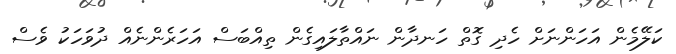
ކަލޭމެން އަހަންނަށް ހެދި ގޮތް ހަނދާން ނައްތާލައިގެން ތިއްބަސް އަހަރެންނެއް ދުވަހަކު ވެސް